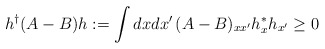
\begin{align*}h^\dagger (A-B) h := \int dxdx'\,(A-B)_{xx'}h^*_{x}h_{x'} \geq 0\end{align*}